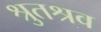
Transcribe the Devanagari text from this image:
श्रुतश्रव